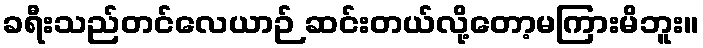
ခရီးသည်တင်လေယာဉ် ဆင်းတယ်လို့တော့မကြားမိဘူး။